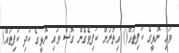
ވައި ނޮޅީގެ ކަފިތައް() އިތުރަށް ކަފިވެގެން ގޮސް ވައި ނޮޅީގެ ކުދި ކަފިތައް(